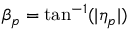
\beta _ { p } = \tan ^ { - 1 } ( | \eta _ { p } | )